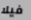
فيلا